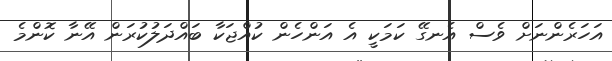
އަހަރެންނަށް ވެސް އެނގޭ ކަމަކީ އެ އަންހެން ކުއްޖަކާ ބައްދަލުކުރަން އޭނާ ކޮންމެ